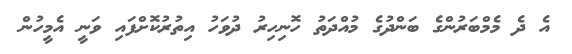
އެ ދެ މެމްބަރުންގެ ބަންދުގެ މުއްދަތު ހޮނިހިރު ދުވަހު އިތުރުކޮށްފައި ވަނީ އެމީހުން